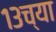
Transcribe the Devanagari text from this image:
१३च्या